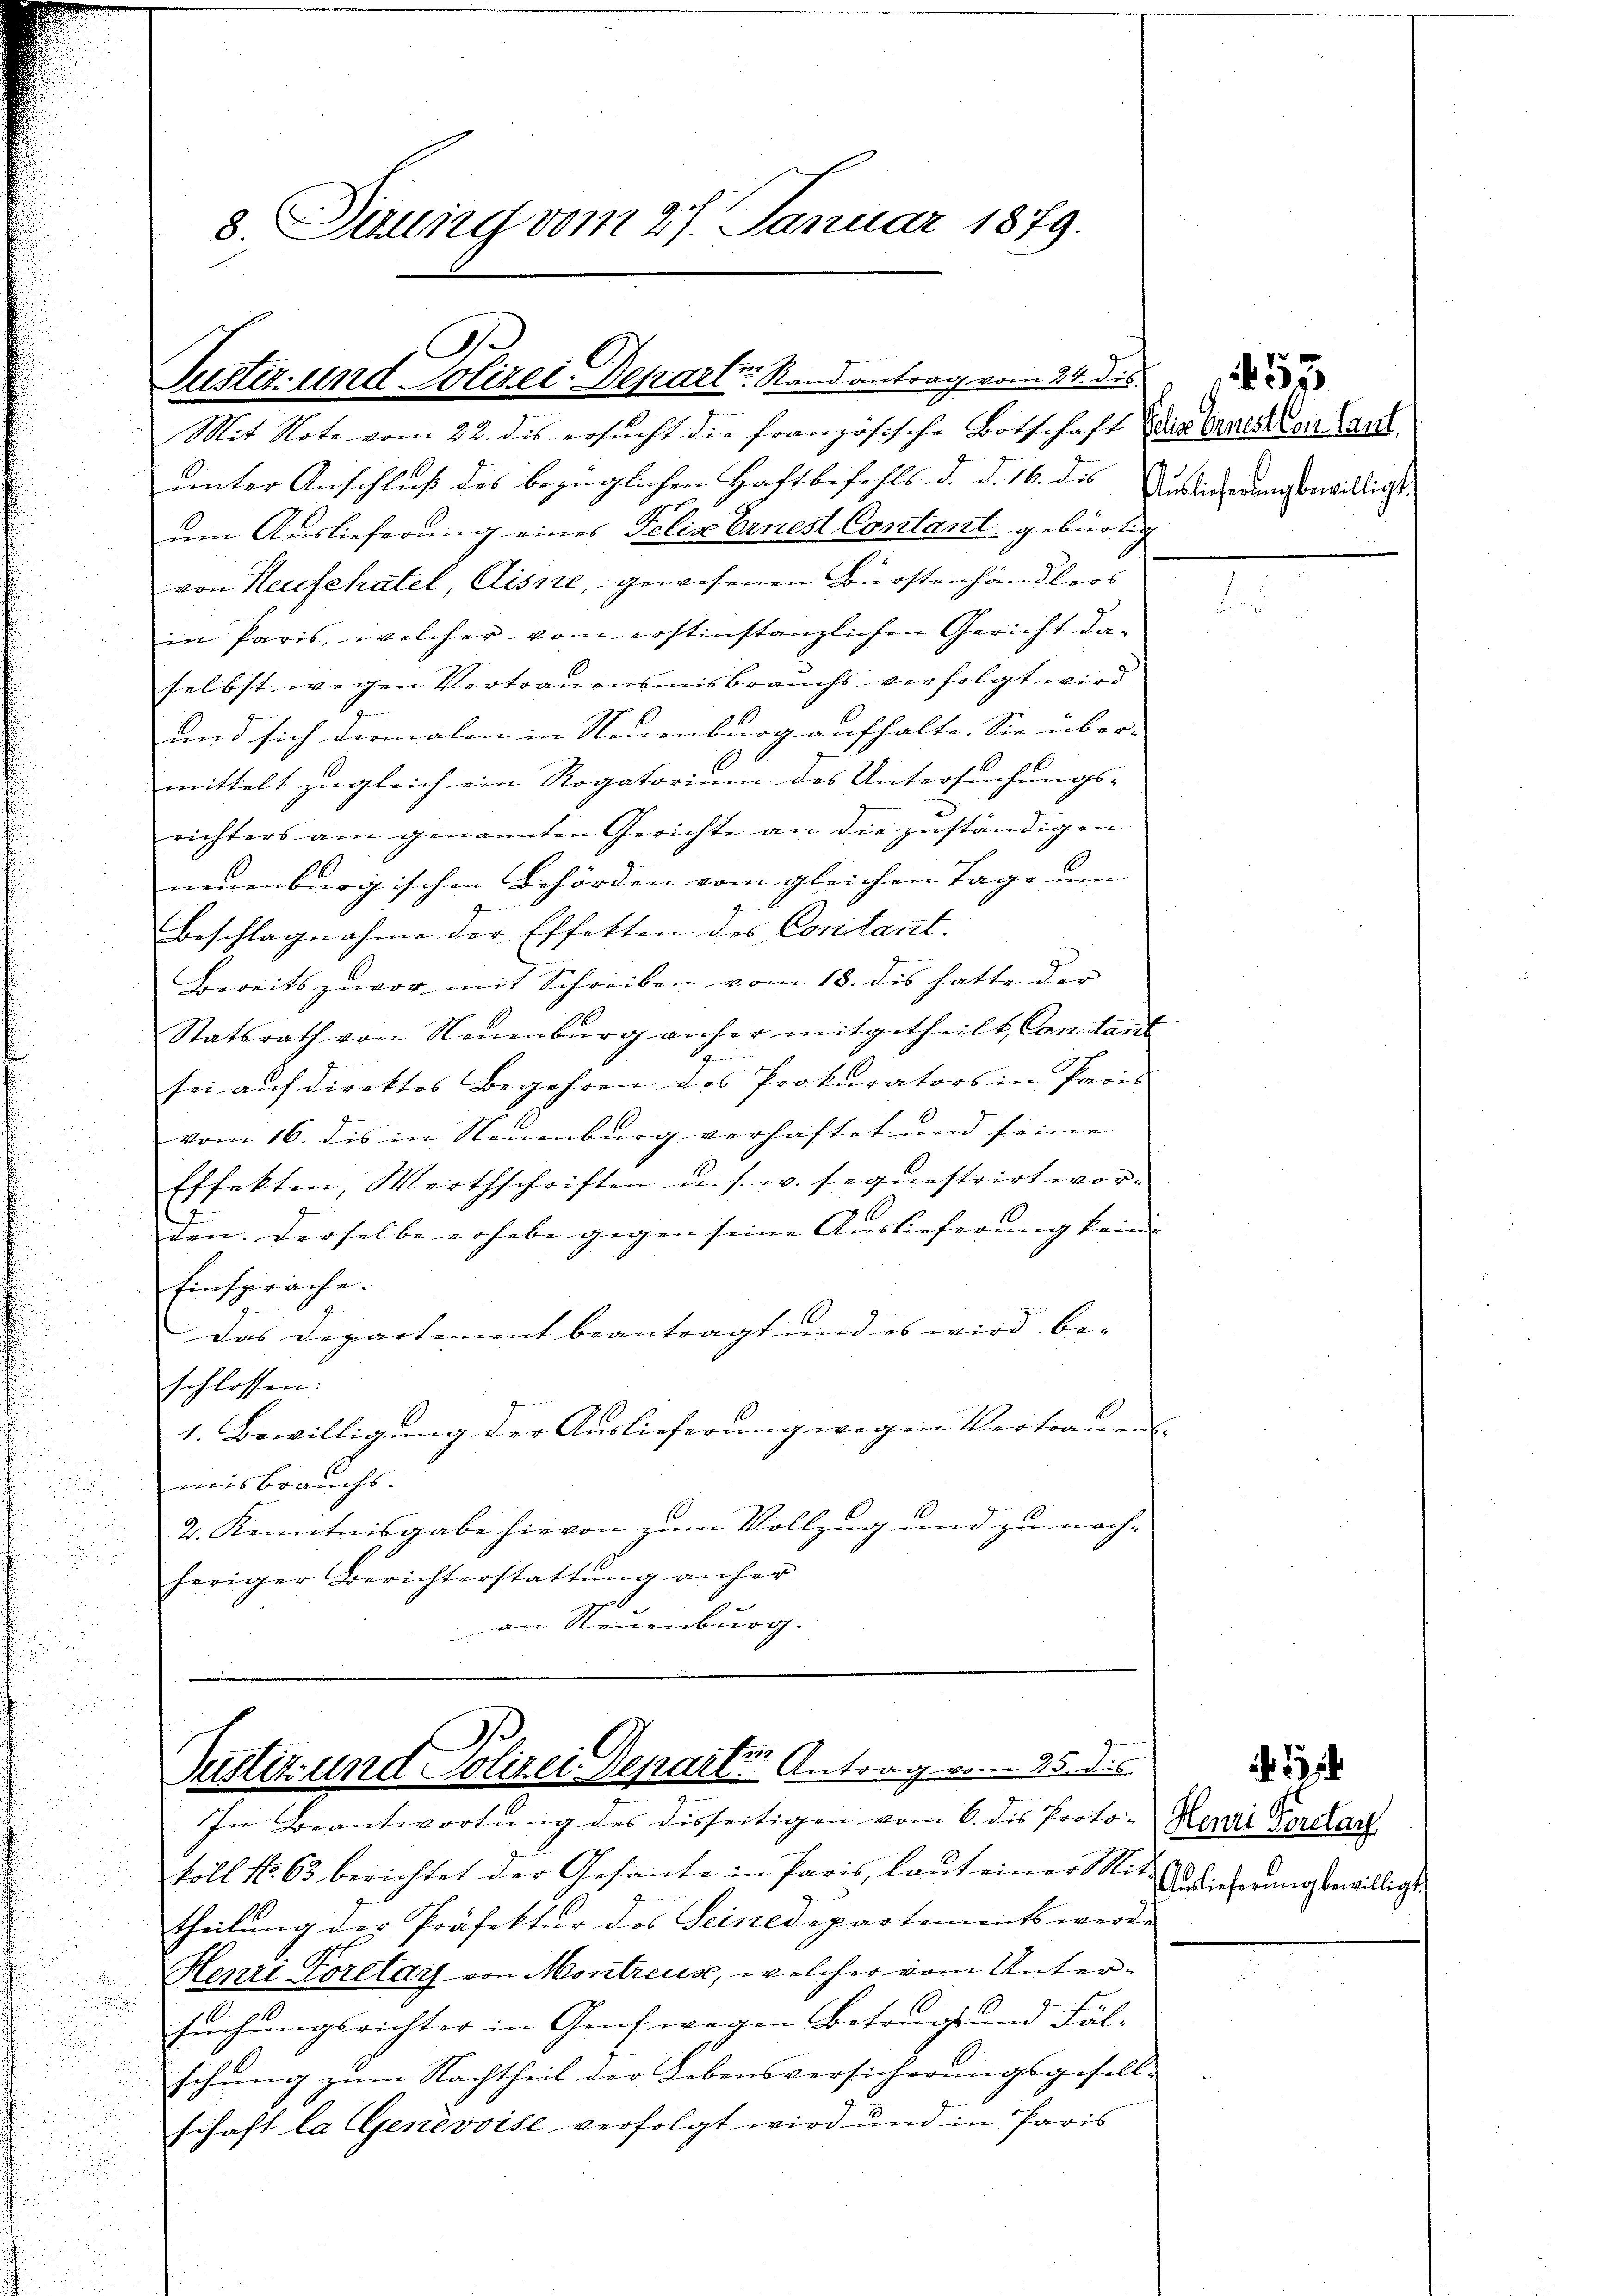
u

Justiz- und Polizei Departe. Stand antrag vom 24. des

8. Tuung vom 27. Januar 1879.

Justiz und Polizei Departen Antrag vom 25. des
In Beantwortŭng des disseitigen vom 6. des Proto- Reue Verdar

Mit Note vom 22. dis ersucht die französische Botschaft das erneren Cant
uinter Anschluß des bezüglichen Haftbefehls d. d. 16. dies
um Auslieferung eines Felix Ernest Contant, gebürtig
von Heufehatel, Aisne, gewesenen Bürstenhändlers
in Paris, welcher vom erstinstanzlichen Gericht daselbst wegen Vertrauensmisbrauchs verfolgt wird
und sich dermalen in Neuenburg aufhalte. Sie über-
mittelt zugleich ein Rogatorium des Untersuchungs-
richters am genannten Gerichte an die zuständigen
neuenburgischen Behörden vom gleichen Tage um |
Beschlagnahme der Effetten des Contant.
Bereits zuvor mit Schreiben vom 18. dis hatte der
1
Statsrath von Neuenburg anher mitgetheilt, Can laut
sei aŭf direktes Begehren des Prokurators in Paris
vom 16. dis in Neuenburg verhaftet und seine
Effekten, Wirthschriften u. s. w. sequestrirt worden. Derselbe erhebe gegen seine Auslieferung kein |
Einsprache.
Das Departement beantragt und es wird be-
schlossen:
1. Bewilligung der Auslieferung wegen Vertrauens-
misbrauchs.
2. Kenntnisgabe hievon zum Vollzug und zu nach-
heriger Berichterstattŭng anher
u
an Neuenburg.

koll No. 63 berichtet der Gesante in Paris, laut einer Mit
theilung der Präfektur des Seinedepartements werde
Henri Forelar von Montreux, welcher vom Unter¬
.
suchungsrichter in Genf wegen Betrags und Fälschung zum Nachtheil der Lebensversicherungsgesell-
schaft la Genevoise verfolgt wird und in Paris

Auslieferung bewilligt.

53

Auslieferung bewilligt.